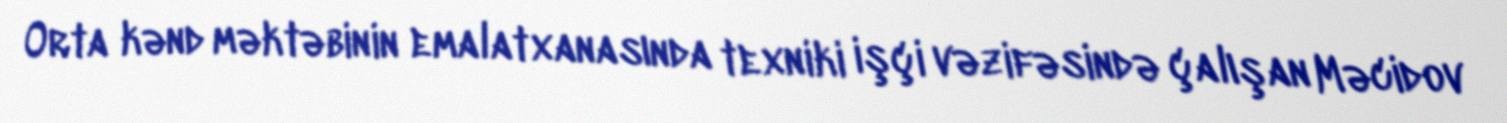
Orta kənd məktəbinin emalatxanasında texniki işçi vəzifəsində çalışan Məcidov